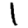
Digit: 1